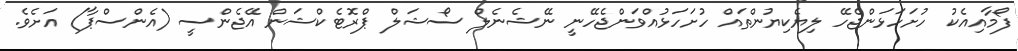
ފޯމާއިއެކު ހުށަހަޅަންޖެހޭ ލިޔެކިޔުންތައް ހުށަހަޅުއްވަންޖެހޭނީ ނޭޝެނެލް ސޯޝަލް ޕްރޮޓެކްޝަން އޭޖެންސީ (އެންސްޕާ) އަށެވެ.